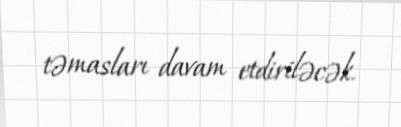
təmasları davam etdiriləcək.